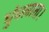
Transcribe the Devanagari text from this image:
धुंधलाता।